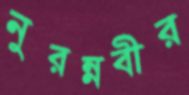
নুরন্নবীর